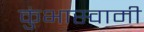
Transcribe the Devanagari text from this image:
कुंभास्वामी